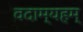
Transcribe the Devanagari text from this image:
वदाम्यहम्